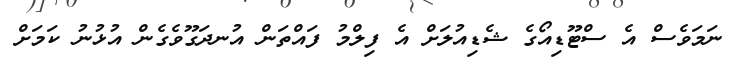
ނަމަވެސް އެ ސްޓޫޑިއޯގެ ޝެޑިއުލަށް އެ ފިލްމު ފައްތަން އުނދަގޫވެގެން އުޅުނު ކަމަށް